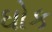
ઘોક